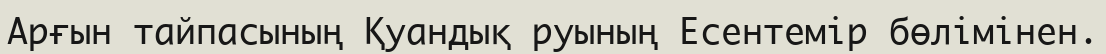
Арғын тайпасының Қуандық руының Есентемір бөлімінен.